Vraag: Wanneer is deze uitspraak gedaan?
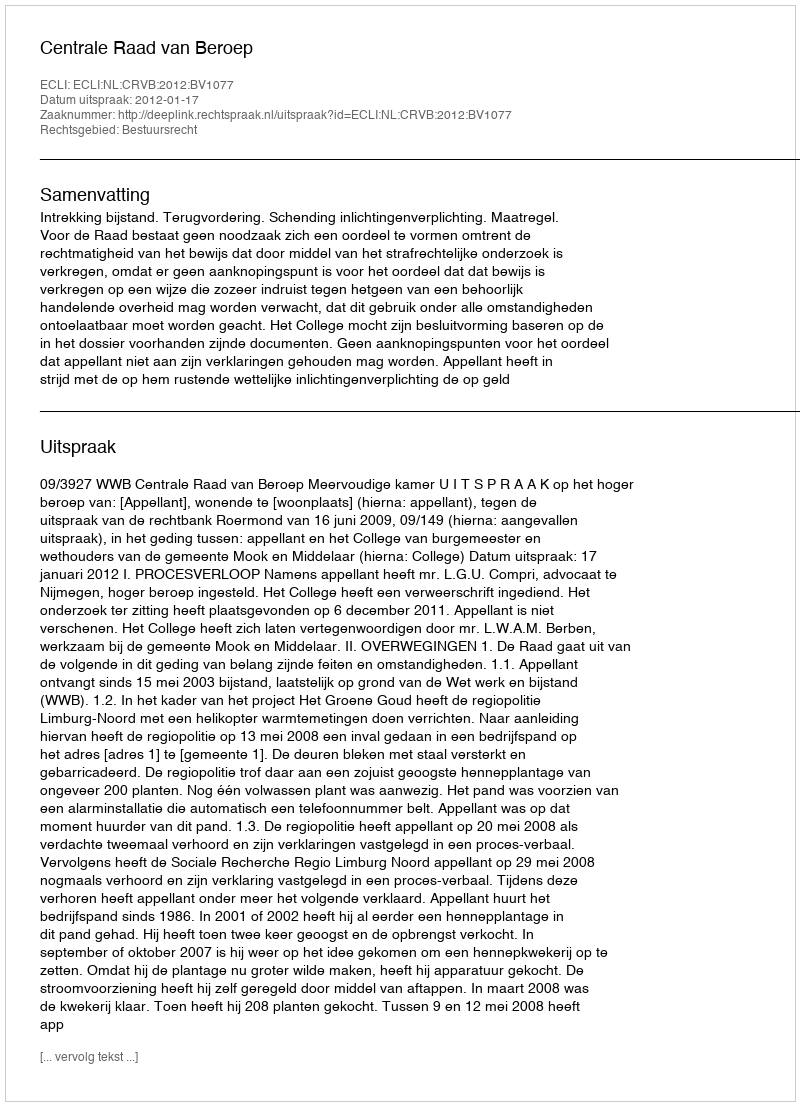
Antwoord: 2012-01-17